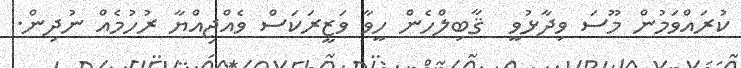
ކުރައްވަމުން މޫސަ ވިދާޅުވީ  ޤާބިލްހެން ހީވާ ވަޒީރަކަސް ވެއްޖިއްޔާ ރުހުމެއް ނުދިން.